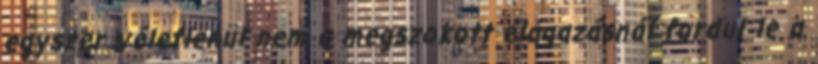
egyszer véletlenül nem a megszokott elágazásnál fordul le a